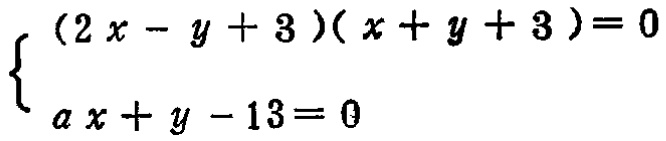
$\begin{cases}(2x - y + 3)(x + y + 3)=0\\ax + y - 13=0\end{cases}$